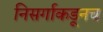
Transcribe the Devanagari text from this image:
निसर्गाकडूनच